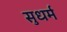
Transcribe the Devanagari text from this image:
सुधर्म